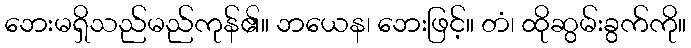
ဘေးမရှိသည်မည်ကုန်၏။ ဘယေန၊ ဘေးဖြင့်။ တံ၊ ထိုဆွမ်းခွက်ကို။